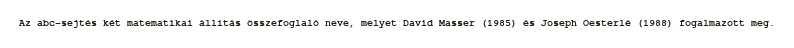
Az abc-sejtés két matematikai állítás összefoglaló neve, melyet David Masser (1985) és Joseph Oesterlé (1988) fogalmazott meg.